Report on vaccination in Madras 1922-1929 - 1922-1929
Year: 1922
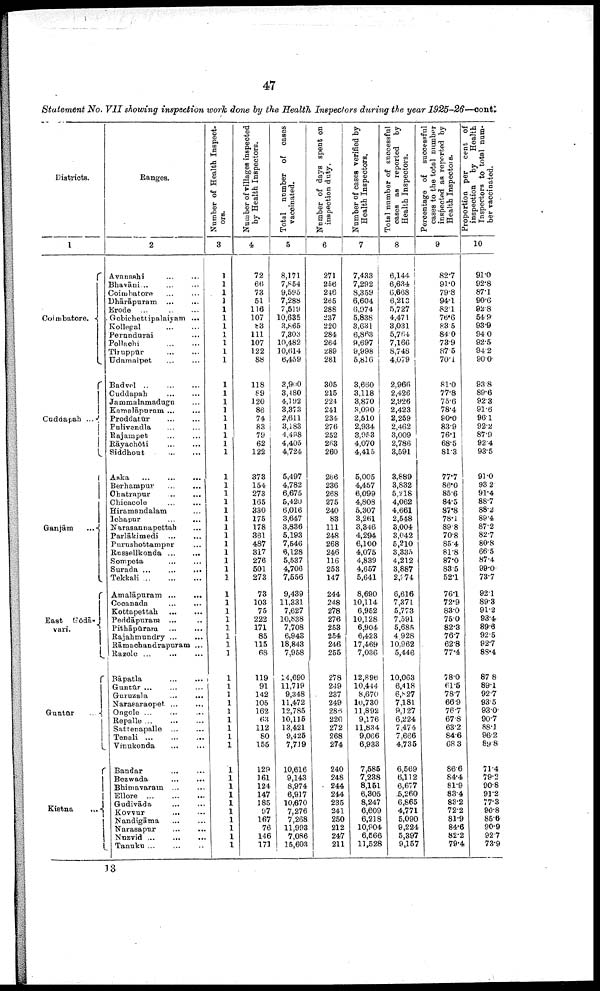
47
Statement No. VII showing inspection work done by the Health Inspectors during the year 1925-26—cont.
Districts.
1
Coimbatore.
Cuddapah ...
Ganjām
...
East Gōdā¬
vari.
Guntūr
...
Kistna
...
Ranges.
2
Avanashi ... ...
Bhavāni ... ... ...
Coimbatore ... ...
Dhārāpuram
...
...
Erode ...
...
...
Gobichettipalaiyam ...
Kollegal ... ...
Perundurai ...
Pollachi
...
...
Tiruppūr
...
...
Udamalpet ... ...
Badvel
...
...
...
Cuddapah
...
...
Jammalamadugu ...
Kamalāpuram ... ...
Proddatūr
...
...
Pulivendla ... ...
Rajampet
...
...
Rāyachōti
...
...
Siddhout
...
...
Aska
...
...
...
Berhampur ... ...
Chatrapur
...
...
Chicacole ... ...
Hiramandalam ...
Ichapur
...
...
Narasannapettah ...
Parlākimedi
...
...
Purushottampur ...
Rossellkonda
Sompeta
...
...
Surada
...
...
...
Tekkali
...
...
...
Amalāpuram
...
...
Cocanada
...
...
Kottapettah
...
...
Peddāpuram
... ...
Pithāpūram
...
...
Rajahmundry ...
...
Rāmachandrapuram ...
Razole ...
... ...
Bāpatla
...
...
Guntūr ... ... ...
Guruzala ... ... ...
Narasaraopet ... ...
Ongole ... ... ...
Repalle
...
...
...
Sattenapalle ... ... ...
Tenali
...
...
...
Vinukonda ... ...
Bandar ... ...
Bezwada
...
...
Bhimavaram
... ...
Ellore
...
...
...
Gudivāda ... ...
Kovvur
...
...
Nandigāma
...
...
Narasapur
...
...
Nuzvid
...
...
...
Tanuku ... ... ...
Number of Health Inspect
ors.
3
1
1
1
1
1
1
1
1
1
1
1
1
1
1
1
1
1
1
1
1
1
1
1
1
1
1
1
1
1
1
1
1
1
1
1
1
1
1
1
1
1
1
1
1
1
1
1
1
1
1
1
1
1
1
1
1
1
1
1
1
Number of villages inspected
by Health Inspectors.
4
72
66
73
51
116
107
83
111
107
122
88
118
89
120
86
74
83
79
62
122
373
154
273
165
330
175
178
361
487
317
276
501
273
73
103
75
222
171
85
115
68
119
91
142
105
162
63
112
80
155
129
161
124
147
185
97
167
76
146
171
Total number of cases
vaccinated.
5
8,171
7,854
9,595
7,288
7,519
10,635
3,865
7,303
10,482
10,614
6,459
3,900
3,480
4,192
3,373
2,611
3,183
4,498
4,405
4,724
5,497
4,782
6,675
5,420
6,016
3,647
3,836
5,193
7,546
6,128
5,537
4,706
7,556
9,439
11,331
7,627
10,838
7,708
6,943
18,843
7,958
14,690
11,719
9,348
11,472
12,785
10,115
13,421
9,425
7,719
10,616
9,143
8,974
6,917
10,670
7,276
7,268
11,993
7,086
15,603
Number of days spent on
inspection duty.
6
271
256
246
265
288
237
220
284
264
289
281
305
215
224
241
234
276
252
263
260
266
236
268
275
240
83
111
248
268
246
116
253
147
244
248
278
276
253
254
246
255
278
249
237
249
285
226
272
268
274
240
248
244
244
235
241
250
212
247
211
Number of cases verified by
Health Inspectors.
7
7,433
7,292
8,359
6,604
6,974
5,838
3,631
6,863
9,697
9,998
5,816
3,660
3,118
3,870
3,090
2,510
2,934
3,953
4,070
4,415
5,005
4,457
6,099
4,808
5,307
3,261
3,346
4,294
6,100
4,075
4,839
4,657
5,641
8,690
10,114
6,952
10,128
6,904
6,423
17,469
7,036
12,896
10,444
8,670
10,730
11,892
9,176
11,834
9,066
6,933
7,585
7,238
8,151
6,305
8,247
6,609
6,218
10,904
6,566
11,528
Total number of successful
cases as reported by
Health Inspectors.
8
6,144
6,634
6,668
6,213
5,727
4,471
3,031
5,764
7,166
8,748
4,079
2,966
2,426
2,926
2,423
2,259
2,462
3,009
2,786
3,591
3,889
3,832
5,218
4,062
4,661
2,548
3,004
3,042
5,210
3,335
4,212
3,887
2,974
6,616
7,371
5,773
7,591
5,685
4,928
10,962
5,446
10,063
6,418
6,827
7,181
9,127
6,224
7,474
7,666
4,735
6,569
6,112
6,677
5,260
6,865
4,771
5,090
9,224
5,397
9,157
Percentage of successful
cases to the total number
inspected as reported by
Health Inspectors.
9
82.7
91.0
79.8
94.1
82.1
76.6
83.5
84.0
73.9
87.5
70.1
81.0
77.8
75.6
78.4
90.0
83.9
76.1
68.5
81.3
77.7
86.0
85.6
84.5
87.8
78.1
89.8
70.8
85.4
81.8
87.0
83.5
52.1
76.1
72.9
83.0
75.0
82.3
76.7
62.8
77.4
78.0
61.5
78.7
66.9
76.7
67.8
63.2
84.6
68.3
86.6
84.4
81.9
83.4
83.2
72.2
81.9
84.6
82.2
79.4
Proportion per cent of
inspection by
Health
Inspectors to total num
ber vaccinated.
10
91.0
92.8
87.1
90.6
92.8
54.9
93.9
94.0
92.5
94.2
90.0
93.8
89.6
92.3
91.6
96.1
92.2
87.9
92.4
93.5
91.0
93.2
91.4
88.7
88.2
89.4
87.2
82.7
80.8
66.5
87.4
99.0
73.7
92.1
89.3
91.2
93.4
89.6
92.5
92.7
88.4
87.8
89.1
92.7
93.5
93.0
90.7
88.1
96.2
89.8
71.4
79.2
90.8
91.2
77.3
90.8
85.6
90.9
92.7
73.9
13